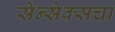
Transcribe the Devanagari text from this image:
सेन्सेक्सचा